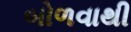
બોળવાથી